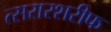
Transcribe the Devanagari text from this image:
त्सरारशरीफ